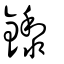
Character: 鑗